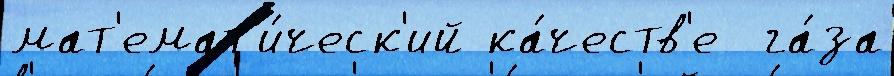
мат'емат'и́ческ'ий ка́честв'е  га́за